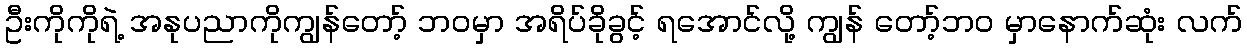
ဦးကိုကိုရဲ့ အနုပညာကိုကျွန်တော့် ဘဝမှာ အရိပ်ခိုခွင့် ရအောင်လို့ ကျွန် တော့်ဘဝ မှာနောက်ဆုံး လက်